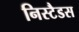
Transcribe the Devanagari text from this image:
निस्टैडस